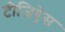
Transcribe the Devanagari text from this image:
टीजिऐस